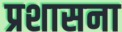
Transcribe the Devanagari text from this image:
प्रशासना